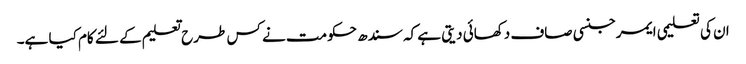
ان کی تعلیمی ایمرجنسی صاف دکھائی دیتی ہے کہ سندھ حکومت نے کس طرح تعلیم کے لئے کام کیا ہے۔